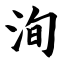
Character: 洵